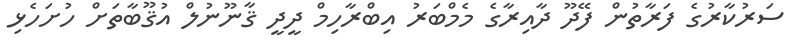
ސަރުކާރުގެ ފަރާތުން ފޭދޫ ދާއިރާގެ މެމްބަރު އިބްރާހިމް ދީދީ ޤާނޫނުލް އުޤޫބާތަށް ހުށަހެޅި